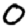
Digit: 0